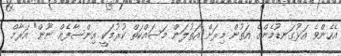
އެހެންވެ އަޅުގަނޑުމެންގެ އަތުން މިރަށް އަތުލަން މަސައްކަތް ކުރުމަކީ އިންސާފެއް ނޫން" އަރާމް